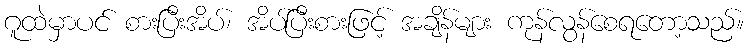
ဂူထဲမှာပင် စားပြီးအိပ်၊ အိပ်ပြီးစားဖြင့် အချိန်များ ကုန်လွန်စေရတော့သည်။